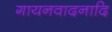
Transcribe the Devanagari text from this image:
गायनवादनादि